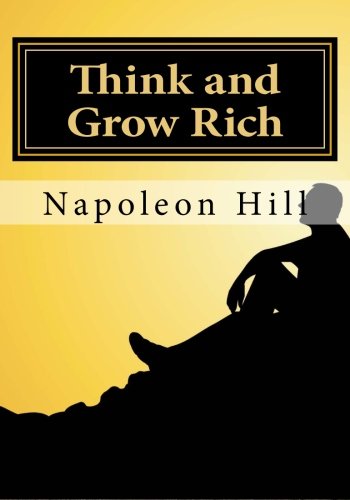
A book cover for Think and Grow Rich; Napoleon Hill; Self-Help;